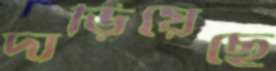
দাড়িয়েছে